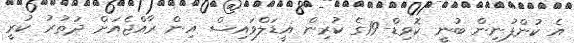
އެ ކުންފުނިން ބުނީ ކޮވިޑް-19ގެ ކުރިން އީޑަލްވައިސް އިން ރާއްޖެއަށް ދަތުރު ކުރީ